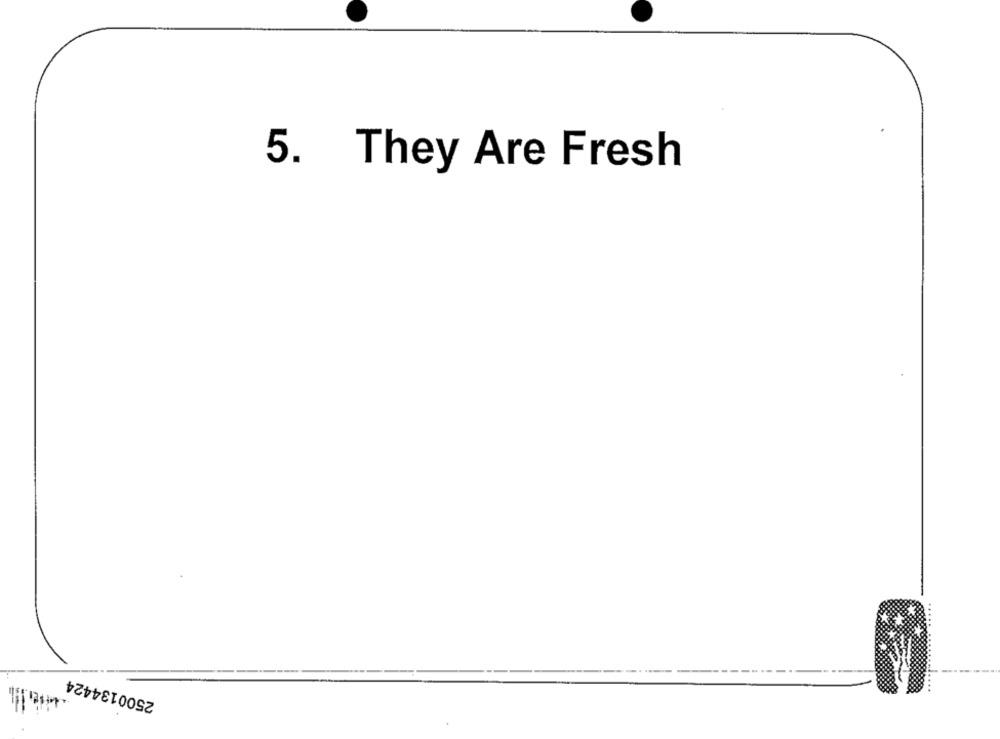
5. They Are Fresh
2500134424